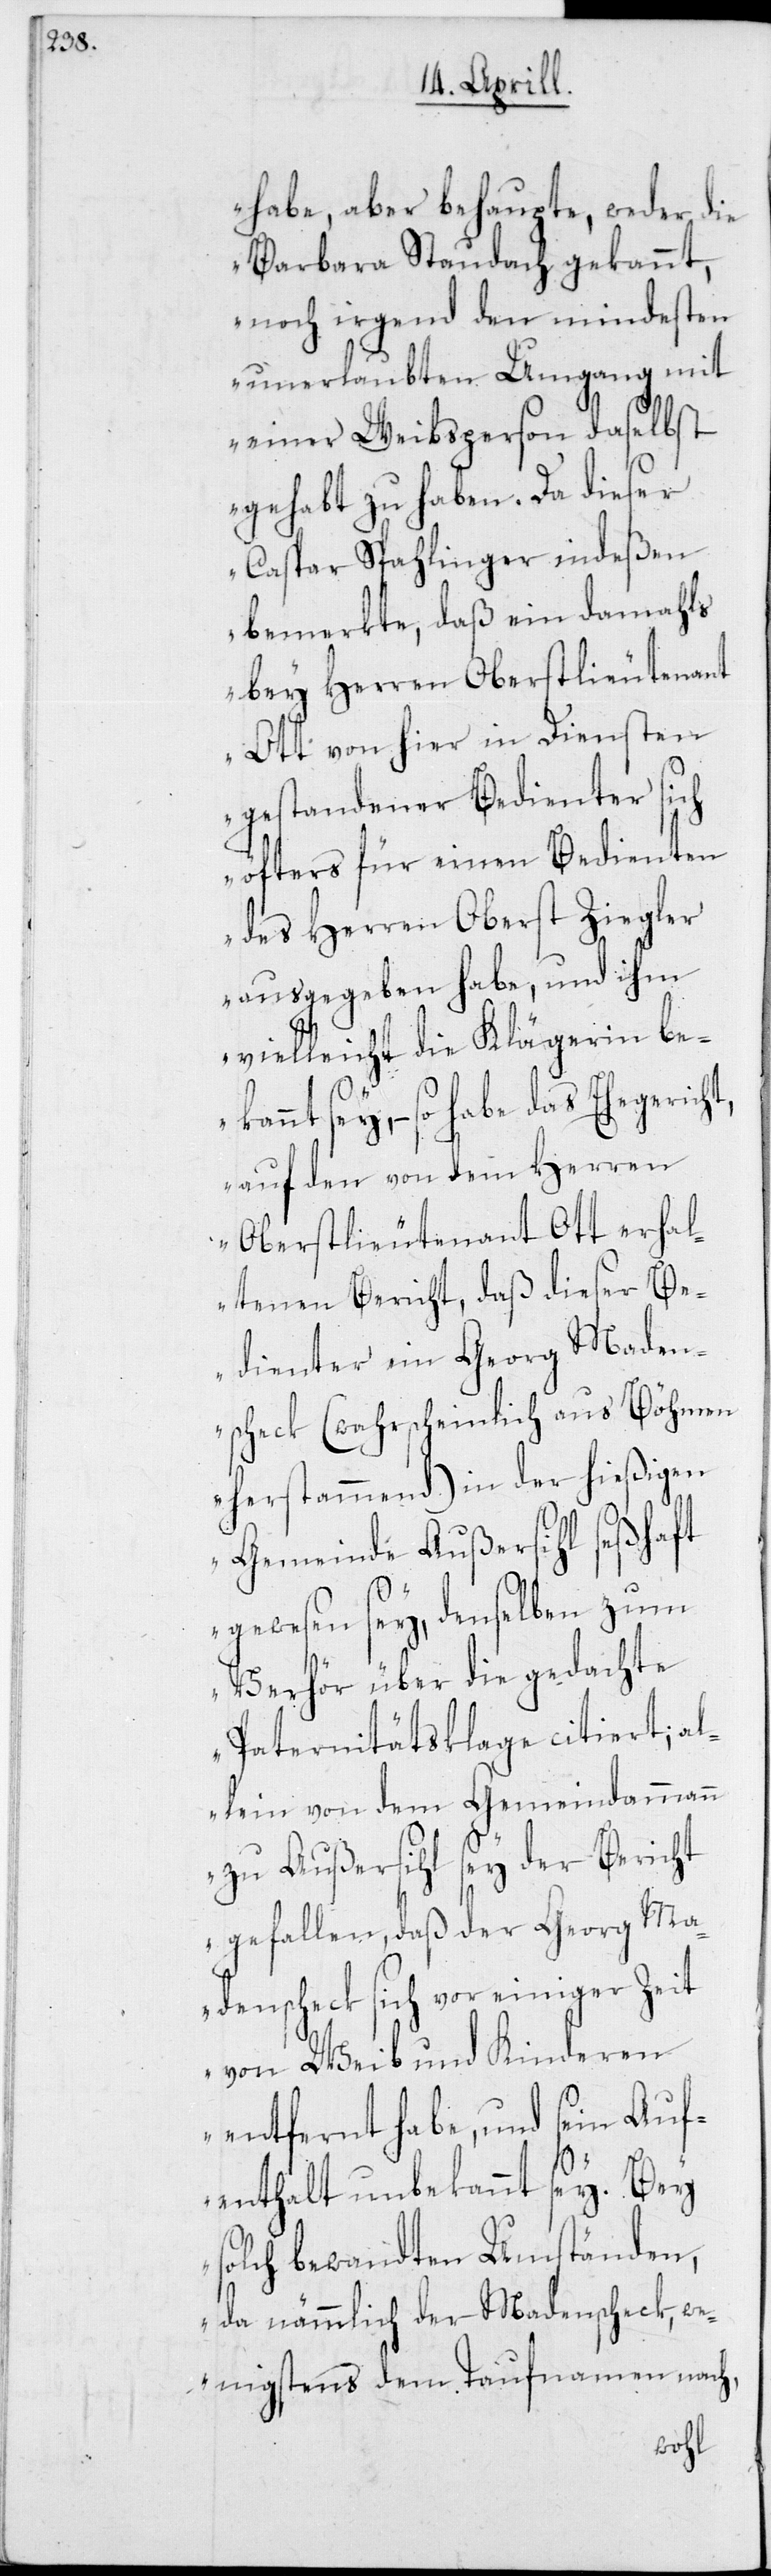
habe, aber behaupte, weder die
Barbara Staudach gekannt,
noch irgend den mindesten
unerlaubten Umgang mit
einer Weibsperson daselbst
gehabt zu haben. Da dieser
Caspar Spahlinger indeßen
bemerkte, daß ein damahls
bey Herren Oberstlieutenant
Ott von hier in Diensten
gestandener Bedienter sich
öfters für einen Bedienten
des Herren Oberst Ziegler
ausgegeben habe, und ihm
vielleicht die Klägerin bek¬
annt sey, – so habe das Ehegerich¬
t, auf den von dem Herren
Oberstlieutenant Ott erhal¬
tenen Bericht, daß dieser Be¬
dienter ein Georg Maden¬
scheck (wahrscheinlich aus Böhmen
herstammend) in der hießigen
Gemeinde Außersihl seßhaft
gewesen sey, denselben zum
Verhör über die gedachte
Paternitätsklage citiert; al¬
lein von dem Gemeindammann
zu Außersihl sey der Bericht
gefallen, daß der Georg Ma¬
denscheck sich vor einiger Zeit
von Weib und Kinderen
entfernt habe, und sein Auf¬
enthalt unbekannt sey. Bey
solch bewandten Umständen,
da nämmlich der Madenscheck, we¬
nigstens dem Taufnamen nach,